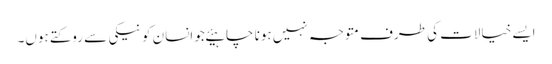
ایسے خیالات کی طرف متوجہ نہیں ہونا چاہیئےجو انسان کو نیکی سے روکتے ہوں۔